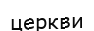
церкви